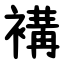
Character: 褠